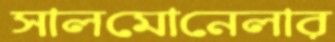
সালমোনেলার